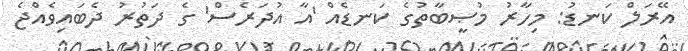
އޭރަލް ކަނޑު: މިހާރު މުޞީބާތުގެ ކަނޑެއް 'އާ އުދަރެސް' ގެ ދަތުރު ދެބައިވެއްޖެ